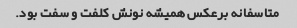
متاسفانه برعکس همیشه نونش کلفت و سفت بود.